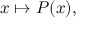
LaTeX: x \mapsto P ( x ) ,